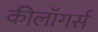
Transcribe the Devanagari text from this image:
कीलॉगर्स